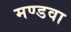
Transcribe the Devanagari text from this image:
मण्डवा